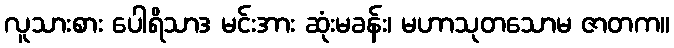
လူသားစား ပေါရိသာဒ မင်းအား ဆုံးမခန်း၊ မဟာသုတသောမ ဇာတက။